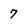
Character: 7